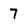
Character: 7